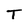
Character: T